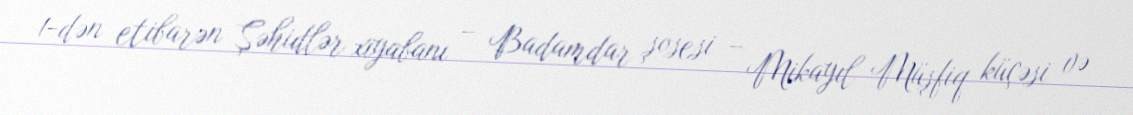
1-dən etibarən Şəhidlər xiyabanı – Badamdar şosesi – Mikayıl Müşfiq küçəsi və